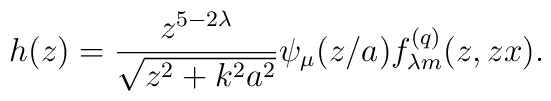
h(z)=\frac{z^{5-2\lambda }}{\sqrt{z^2+k^2a^2}}\psi _\mu (z/a)f_{\lambda m}^{(q)}(z,zx).